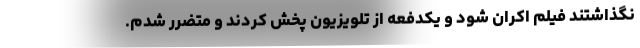
نگذاشتند فیلم اکران شود و یکدفعه از تلویزیون پخش کردند و متضرر شدم.